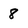
Character: 8